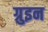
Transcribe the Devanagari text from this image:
ग्रुइन